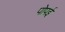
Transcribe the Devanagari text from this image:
पोपई